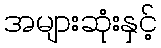
အများဆုံးနှင့်